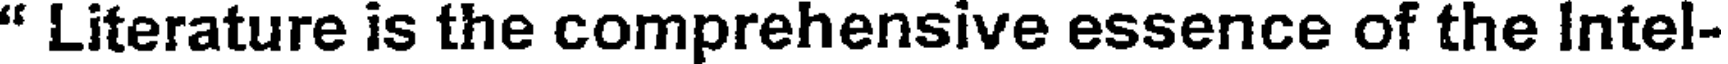
" Literature is the comprehensive essence of the Intel-